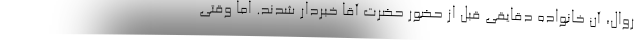
روال، آن خانواده دقایقی قبل از حضور حضرت آقا خبردار شدند. اما وقتی